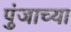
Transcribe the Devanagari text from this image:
पुंजाच्या